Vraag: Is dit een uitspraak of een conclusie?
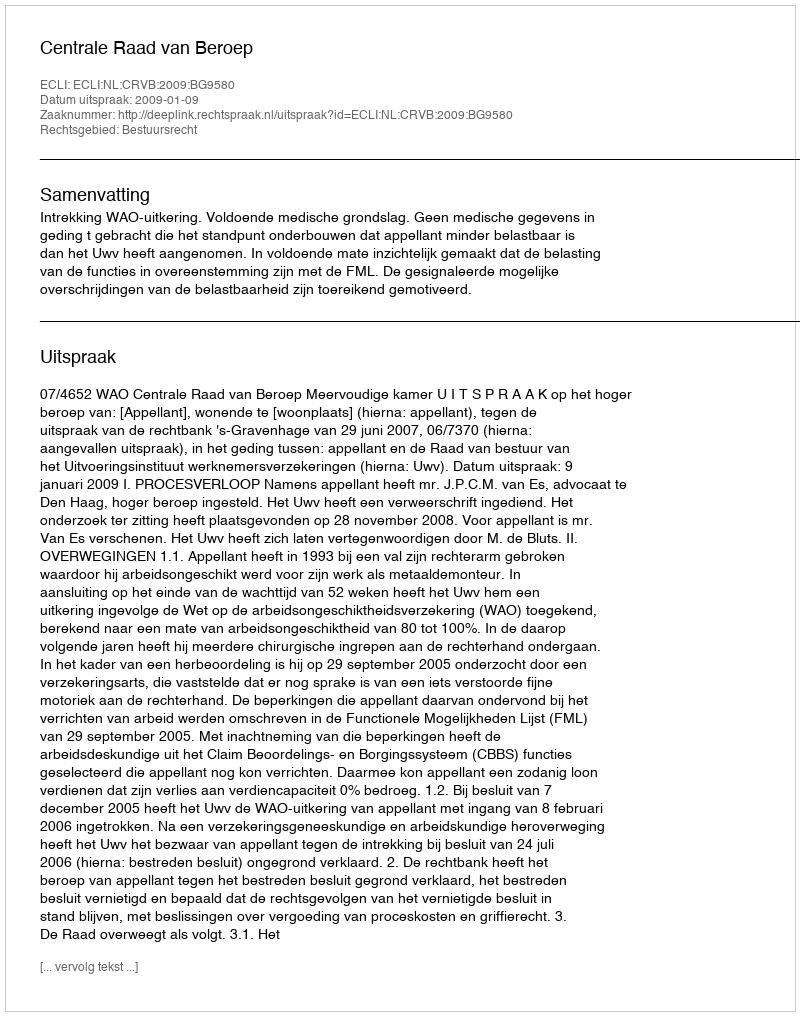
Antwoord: Uitspraak